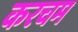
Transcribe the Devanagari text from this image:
करचम